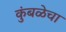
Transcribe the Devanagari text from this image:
कुंबळेचा